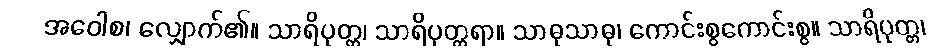
အဝေါစ၊ လျှောက်၏။ သာရိပုတ္တ၊ သာရိပုတ္တရာ။ သာဓုသာဓု၊ ကောင်းစွကောင်းစွ။ သာရိပုတ္တ၊